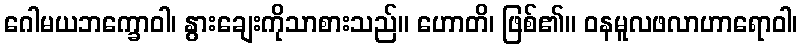
ဂေါမယဘက္ခောဝါ၊ နွားချေးကိုသာစားသည်။ ဟောတိ၊ ဖြစ်၏။ ဝနမူလဖလာဟာရောဝါ၊